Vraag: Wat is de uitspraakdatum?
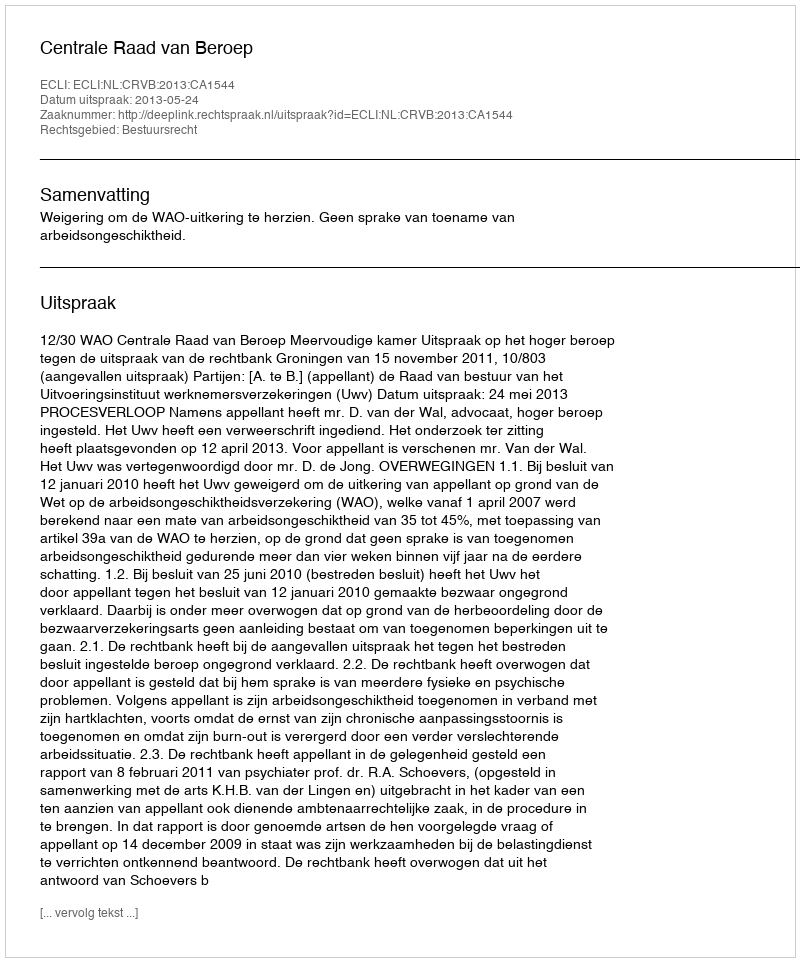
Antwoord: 2013-05-24